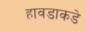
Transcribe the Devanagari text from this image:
हावडाकडे